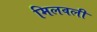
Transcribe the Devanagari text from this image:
मिलवली